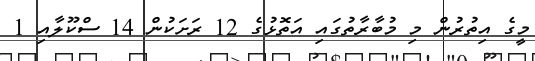
މީގެ އިތުރުން މި މުބާރާތުގައި އަތޮޅުގެ 12 ރަށަކުން 14 ސްކޫލާއި 1